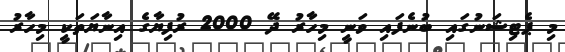
މި ޕެޓިޝަނުގައި ބުނެފައި ވަނީ މިހާރު ދޭ 2000 ރުފިޔާގެ އިނާޔަތަކީ މިހާރު